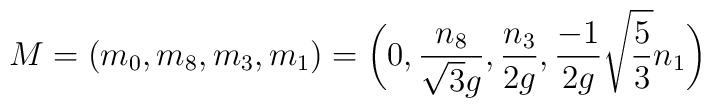
M = (m_0,m_8,m_3,m_1) = \biggl ( 0, {{n_8}\over {\sqrt{3}g}},        {{n_3}\over {2g}}, {- {1}\over {2g}} \sqrt{5\over 3} n_1                         \biggr )